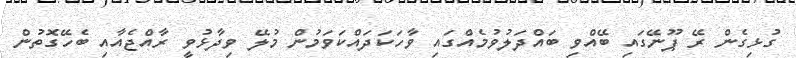
ގުޅިގެން ރޭ ޕޫނޭގައި ބޭއްވި ބައްދަލުވުމެއްގައި ވާހަކަދައްކަވަމުން މުލޭ ވިދާޅުވީ ރާއްޖެއާއި ބެހޭގޮތުން